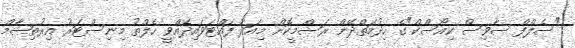
"ސެލްފް ސާވިސް ކިއޯސްކް"ގެ ހިދުމަތްދޭން ރަސްމީކޮށް މިއަދު ފައްޓަވައިދެއްވީ ހެލްތު މިނިސްޓަރު އިރުތިޝާމް